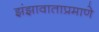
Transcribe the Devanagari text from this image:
झंझावाताप्रमाणे